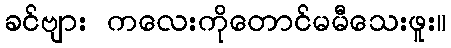
ခင်ဗျား ကလေးကိုတောင်မမီသေးဖူး။